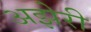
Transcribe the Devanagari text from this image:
अझेरी